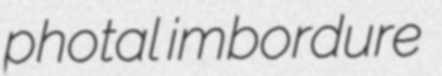
photal imbordure